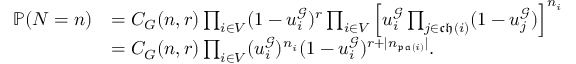
\begin{array} { r l } { \mathbb { P } ( N = n ) } & { = C _ { G } ( n , r ) \prod _ { i \in V } ( 1 - u _ { i } ^ { \mathcal { G } } ) ^ { r } \prod _ { i \in V } \left[ u _ { i } ^ { \mathcal { G } } \prod _ { j \in \mathfrak { c h } ( i ) } ( 1 - u _ { j } ^ { \mathcal { G } } ) \right] ^ { n _ { i } } } \\ & { = C _ { G } ( n , r ) \prod _ { i \in V } ( u _ { i } ^ { \mathcal { G } } ) ^ { n _ { i } } ( 1 - u _ { i } ^ { \mathcal { G } } ) ^ { r + | n _ { \mathfrak { p a } ( i ) } | } . } \end{array}